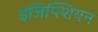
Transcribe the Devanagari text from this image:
इजिप्त्शियन